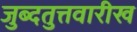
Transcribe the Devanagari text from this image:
जुब्दतुत्तवारीख